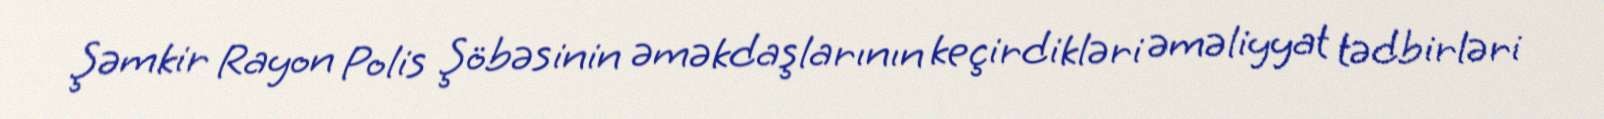
Şəmkir Rayon Polis Şöbəsinin əməkdaşlarının keçirdikləri əməliyyat tədbirləri